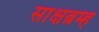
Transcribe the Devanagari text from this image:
साक्षब्रम्ह